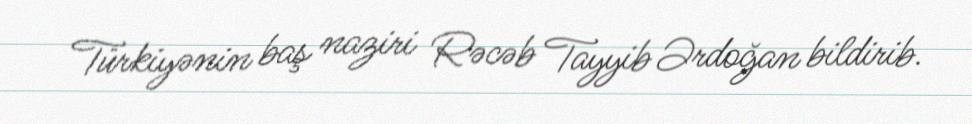
Türkiyənin baş naziri Rəcəb Tayyib Ərdoğan bildirib.